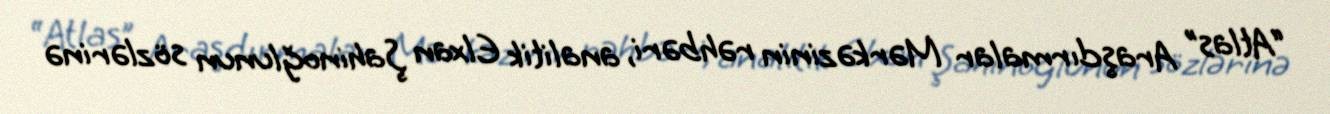
“Atlas” Araşdırmalar Mərkəzinin rəhbəri, analitik Elxan Şahinoğlunun sözlərinə